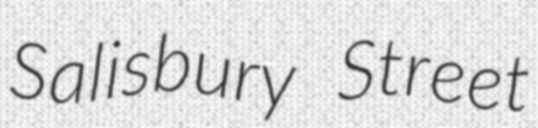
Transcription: Salisbury Street